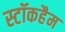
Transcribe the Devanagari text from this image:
स्टॉकहैम